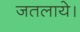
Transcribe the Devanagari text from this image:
जतलाये।